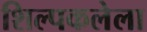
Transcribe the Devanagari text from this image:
शिल्पकलेला